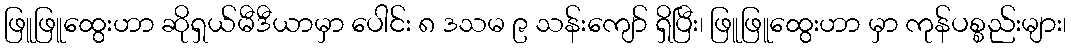
ဖြူဖြူထွေးဟာ ဆိုရှယ်မီဒီယာမှာ ပေါင်း ၈ ဒသမ ၉ သန်းကျော် ရှိပြီး၊ ဖြူဖြူထွေးဟာ မှာ ကုန်ပစ္စည်းများ၊